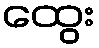
ထွေး